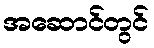
အဆောင်တွင်